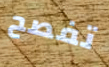
تفصح